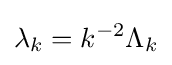
\lambda _{k}=k^{-2}\Lambda _{k}